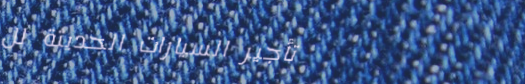
تأجير السيارات الحديثة لل